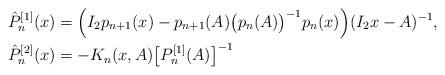
LaTeX: \begin{align*}\hat P^{[1]}_n(x)&=\Big(I_2p_{n+1}(x)-p_{n+1}(A)\big(p_n(A)\big)^{-1}p_n(x)\Big)(I_2x-A)^{-1},\\\hat P^{[2]}_n(x)&=-K_{n}(x,A)\big[P_n^{[1]}(A)\big]^{-1}\end{align*}